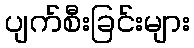
ပျက်စီးခြင်းများ